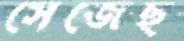
সেজেছ